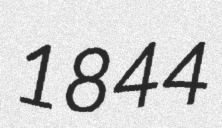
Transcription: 1844